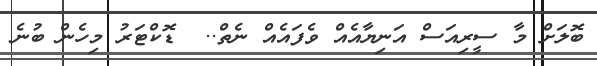
ބޮލަށް މާ ސީރިއަސް އަނިޔާއެއް ވެފައެއް ނެތް..  ޑޮކްޓަރު މިހެން ބުނެ